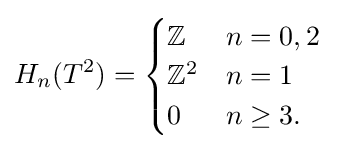
H_{n}(T^{2})={\begin{cases}\mathbb {Z} &n=0,2\\\mathbb {Z} ^{2}&n=1\\0&n\geq 3.\end{cases}}